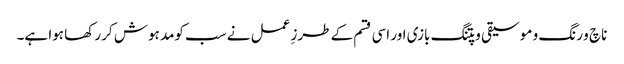
ناچ و رنگ و موسیقی و پتنگ بازی اور اسی قسم کے طرزِ عمل نے سب کومد ہوش کر رکھا ہوا ہے۔